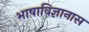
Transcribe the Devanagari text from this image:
भाषाविज्ञानास